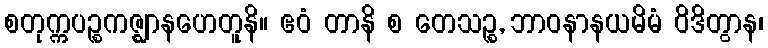
စတုက္ကပဉ္စကဇ္ဈာနဟေတူနိ။ ဧဝံ တာနိ စ တေသဉ္စ, ဘာဝနာနယမိမံ ဝိဒိတွာန၊